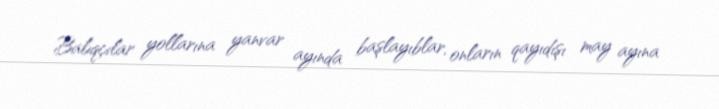
Balıqçılar yollarına yanvar ayında başlayıblar, onların qayıdışı may ayına